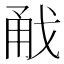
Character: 㦷